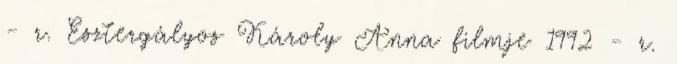
- r. Esztergályos Károly Anna filmje 1992 - r.